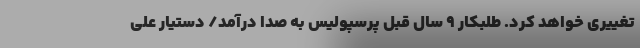
تغییری خواهد کرد. طلبکار 9 سال قبل پرسپولیس به صدا درآمد/ دستیار علی